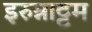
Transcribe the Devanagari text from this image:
इरुन्नाट्टम